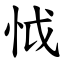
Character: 怴